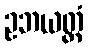
ဥဘယတ္ထံ